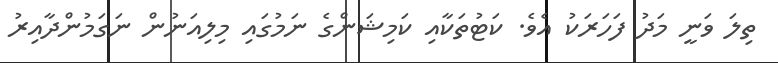
ތިލަ ވަނީ މަދު ފަހަރަކު އެވެ. ކަޓުތަކާއި ކަމިޝަންގެ ނަމުގައި މިލިއަނުން ނަގަމުންދާއިރު